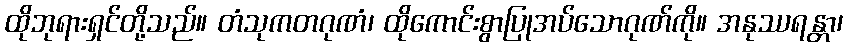
ထိုဘုရားရှင်တို့သည်။ တံသုကတဂုဏံ၊ ထိုကောင်းစွာပြုအပ်သောဂုဏ်ကို။ အနုဿရန္တာ၊